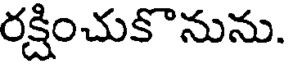
రక్షించుకొనును.